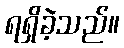
ရရှိခဲ့သည်။